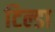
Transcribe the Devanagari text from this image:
टिल्डा